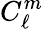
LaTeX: C_{\ell}^{m}